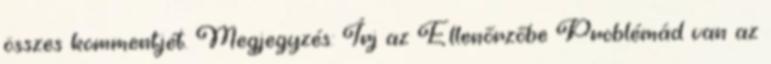
összes kommentjét. Megjegyzés: Írj az Ellenőrzőbe Problémád van az